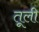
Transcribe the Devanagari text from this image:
तूली